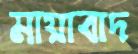
মায়াবাদ